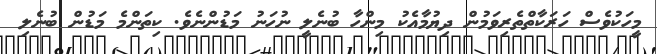
މީހަކުވެސް ހަރަކާތްތެރިވަމުން ދިޔުމާއެކު މިންހާ ބުނެލީ ނުހަނު މަޑުންނެވެ. ކިތަންމެ މަޑުން ބުނެލި